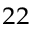
^ { 2 2 }